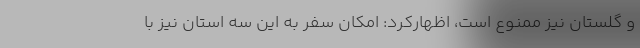
و گلستان نیز ممنوع است، اظهارکرد: امکان سفر به این سه استان نیز با